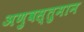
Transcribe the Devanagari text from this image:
अणुवस्तुमान